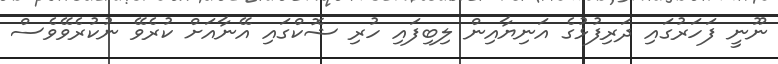
ނޫނީ ފަހަރުގައި ދަރިފުޅުގެ އަނިޔާއިން ލިބިފައި ހުރި ޝޮކްގައި އޭނާއަށް ކުރެވޭ ނުކުރެވޭވެސް